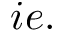
i e .